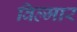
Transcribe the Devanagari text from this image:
विल्मार